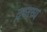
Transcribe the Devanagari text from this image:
द्रष्तव्य